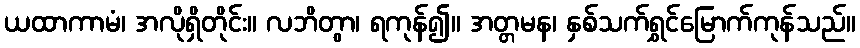
ယထာကာမံ၊ အလိုရှိတိုင်း။ လဘိတွာ၊ ရကုန်၍။ အတ္တမန၊ နှစ်သက်ရွှင်မြောက်ကုန်သည်။